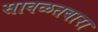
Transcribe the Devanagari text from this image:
सावळतबारा